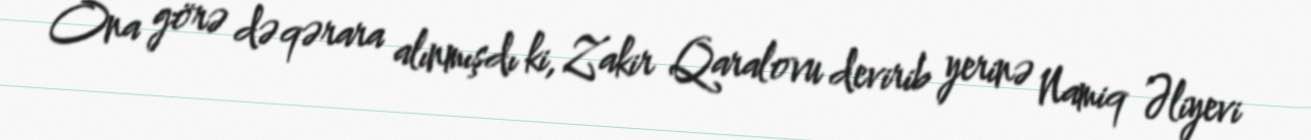
Ona görə də qərara alınmışdı ki, Zakir Qaralovu devirib yerinə Namiq Əliyevi